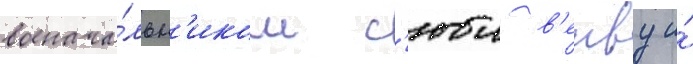
военача́льн'иком с'юи в'енву и́